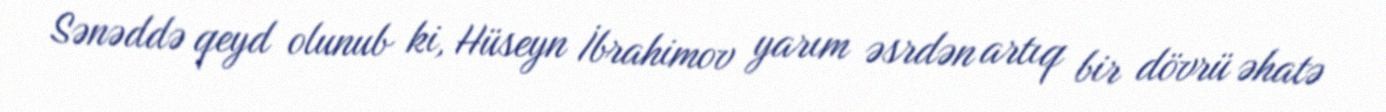
Sənəddə qeyd olunub ki, Hüseyn İbrahimov yarım əsrdən artıq bir dövrü əhatə